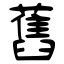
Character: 舊